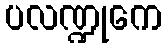
ပလဏ္ဍုကေ